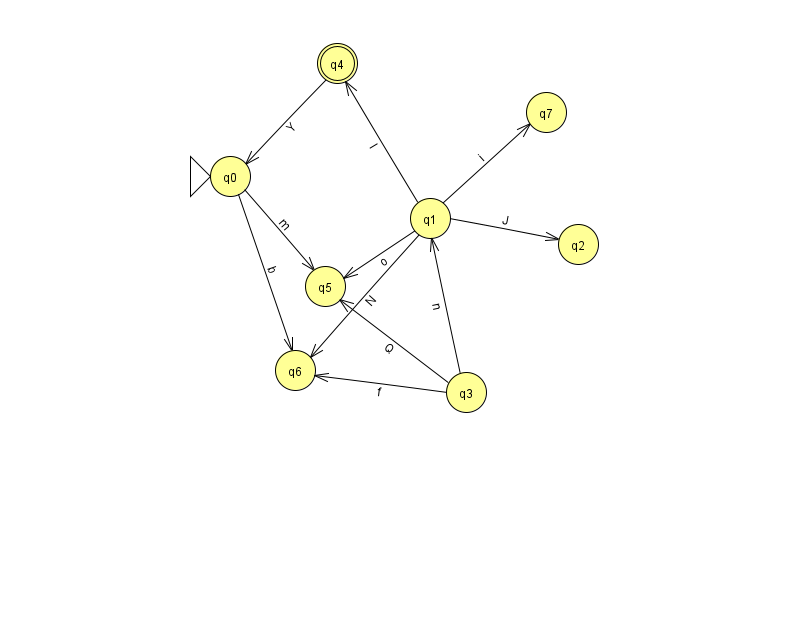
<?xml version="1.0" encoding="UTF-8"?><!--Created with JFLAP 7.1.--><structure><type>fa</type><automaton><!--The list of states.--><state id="0" name="q0"><x>230.0</x><y>163.0</y><initial/></state><state id="1" name="q1"><x>430.0</x><y>205.0</y></state><state id="2" name="q2"><x>578.0</x><y>231.0</y></state><state id="3" name="q3"><x>466.0</x><y>379.0</y></state><state id="4" name="q4"><x>337.0</x><y>50.0</y><final/></state><state id="5" name="q5"><x>325.0</x><y>273.0</y></state><state id="6" name="q6"><x>295.0</x><y>357.0</y></state><state id="7" name="q7"><x>546.0</x><y>99.0</y></state><!--The list of transitions.--><transition><from>3</from><to>1</to><read>n</read></transition><transition><from>0</from><to>6</to><read>b</read></transition><transition><from>1</from><to>4</to><read>I</read></transition><transition><from>1</from><to>7</to><read>i</read></transition><transition><from>4</from><to>0</to><read>Y</read></transition><transition><from>1</from><to>6</to><read>N</read></transition><transition><from>0</from><to>5</to><read>m</read></transition><transition><from>3</from><to>6</to><read>f</read></transition><transition><from>1</from><to>5</to><read>o</read></transition><transition><from>3</from><to>5</to><read>Q</read></transition><transition><from>1</from><to>2</to><read>J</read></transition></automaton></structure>